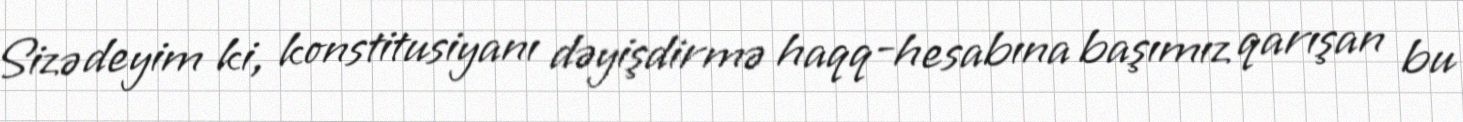
Sizə deyim ki, konstitusiyanı dəyişdirmə haqq-hesabına başımız qarışan bu